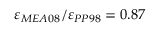
\varepsilon _ { M E A 0 8 } / \varepsilon _ { P P 9 8 } = 0 . 8 7